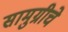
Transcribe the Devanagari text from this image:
सामुग्रीचे